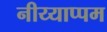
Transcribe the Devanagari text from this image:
नीय्याप्पम